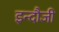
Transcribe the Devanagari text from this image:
इन्दौजी